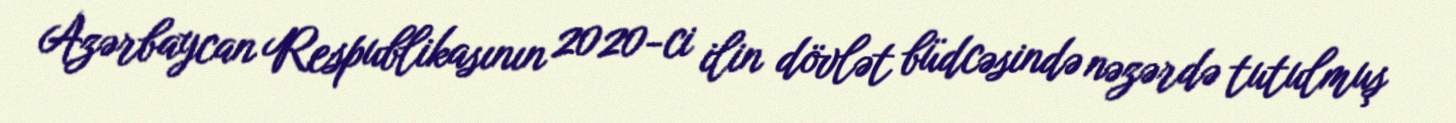
Azərbaycan Respublikasının 2020-ci ilin dövlət büdcəsində nəzərdə tutulmuş